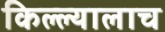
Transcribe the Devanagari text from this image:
किल्ल्यालाच